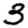
Digit: 3